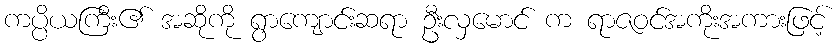
ကပ္ပိယကြီး၏ အဆိုကို ရွာကျောင်းဆရာ ဦးလှမောင် က ရာဇဝင်အကိုးအကားဖြင့်